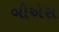
બીએસ